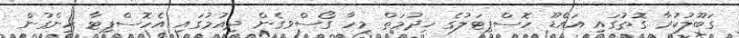
ގަބޫލުކުރާ ގޮތުގައި އައްޑޫ ހޮސްޕިޓަލުގެ ޚިދުމަތް މިހާ ގޯސްވގެން ދިއުމުގައި އެހޮސްޕިޓާ ހިންގުން